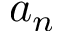
a _ { n }